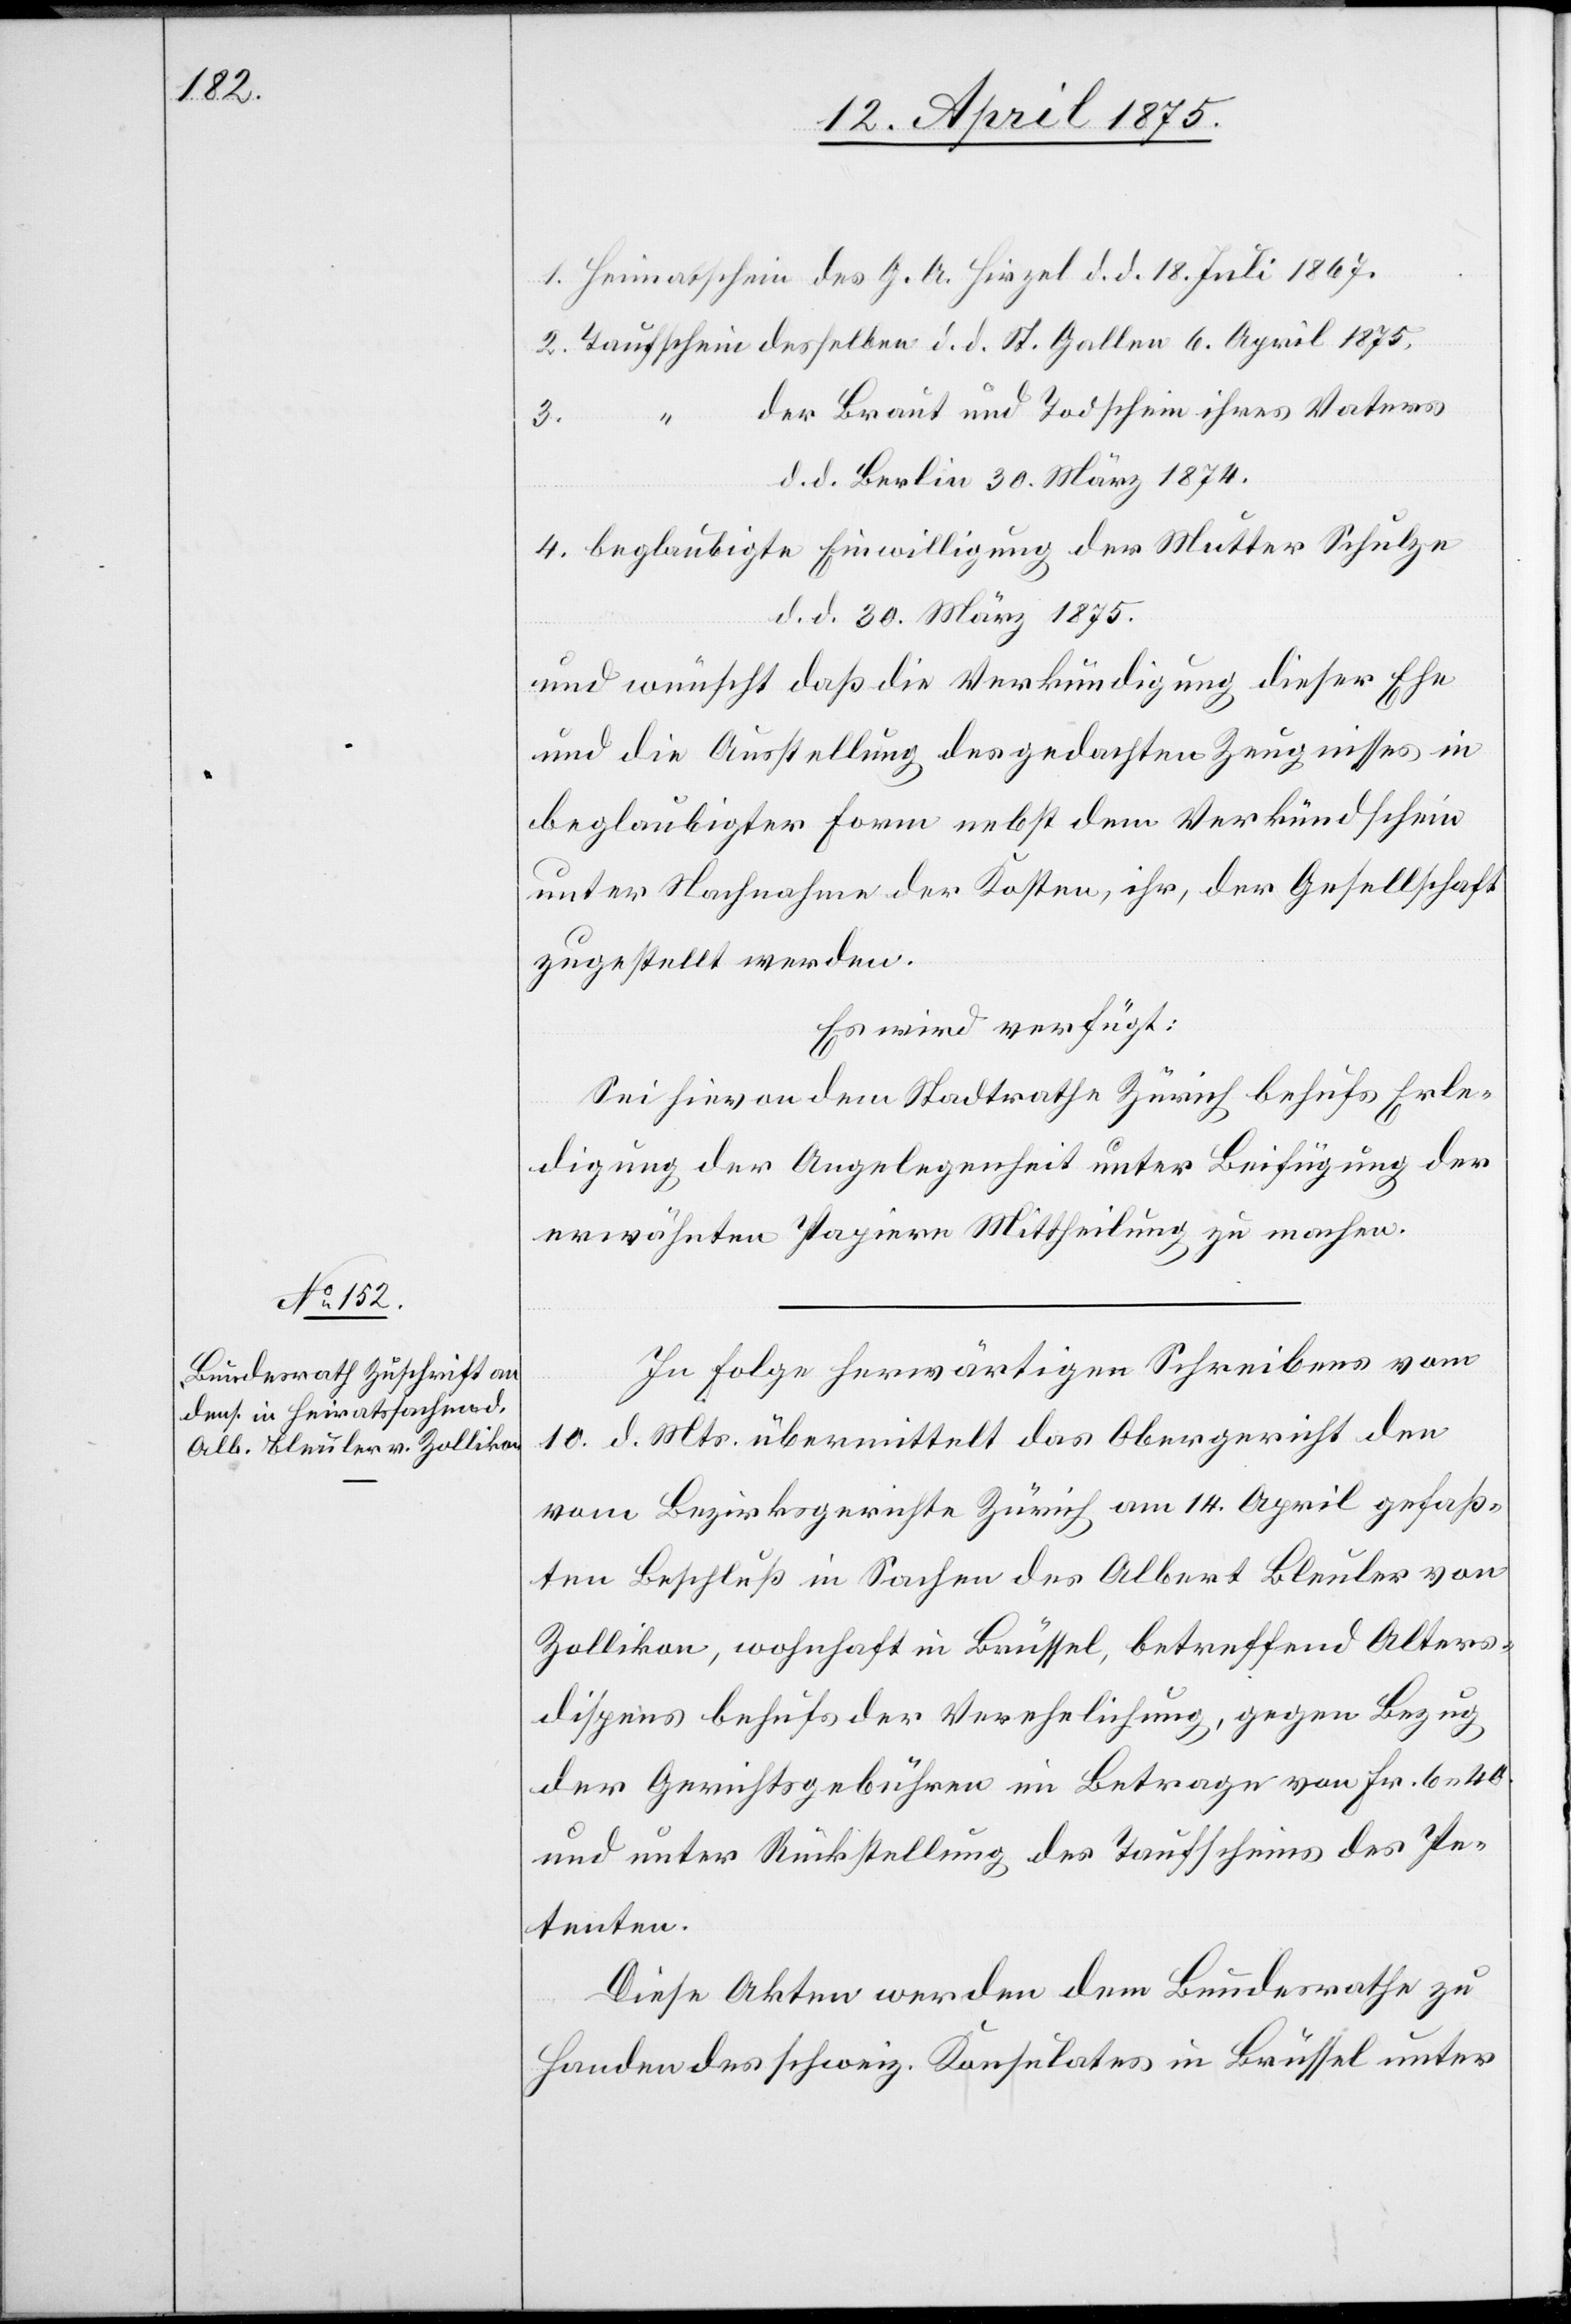
18.

15. April 1875.]
der Braut und Todschein ihres Vaters
Einwilligung
der Mutter
d. d. Berlin 30. März 1874.
d. d. 30. März 1875
und wünscht daß die Verkündigung dieser Ehe
und die Ausstellung des gedachten Zeugnisses in
beglaubigter Form nebst dem Verkündschein
unter Nachnahme der Kosten, ihr, der Gesellschaft
zugestellt werden.
Es wird verfügt:
Sei hievon dem Stadtrathe Zürich behufs Erle¬
digung der Angelegenheit unter Beifügung der
erwähnten Papiere Mittheilung zu machen.
In Folge herwärtigen Schreibens vom
10. d. Mts. übermittelt das Obergericht den
vom Bezirksgerichte Zürich am 14. April gefaß¬
ten Beschluß in Sachen des Albert Bleuler von
Zollikon, wohnhaft in Brüssel, betreffend Alters¬
dispens behufs der Verehelichung, gegen Bezug
der Gerichtsgebühren im Betrage von Fr. 6 40
und unter Rückstellung des Taufscheins des Pe¬
tenten.
Diese Akten werden dem Bundesrathe zu
Handen des schweiz. Konsulates in Brüssel unter